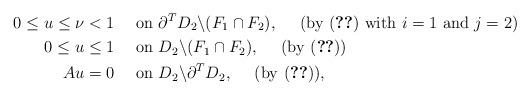
LaTeX: \begin{align*}0\leq u\leq \nu<1 &\quad\hbox{ on } \partial^T D_2\backslash (F_1\cap F_2),\quad\hbox{ (by \eqref{eq:A_u_boundary} with $i=1$ and $j=2$)}\\0\leq u\leq 1 &\quad\hbox{ on } D_2\backslash (F_1\cap F_2),\quad\hbox{ (by \eqref{eq:A_u_bounds})}\\Au = 0 &\quad\hbox{ on } D_2\backslash \partial^T D_2,\quad\hbox{ (by \eqref{eq:A_u})},\end{align*}